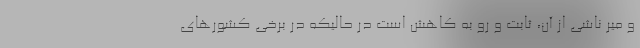
و میر ناشی از آن، ثابت و رو به کاهش است در حالیکه در برخی کشورهای